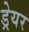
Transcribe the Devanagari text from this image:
ड्रेयर